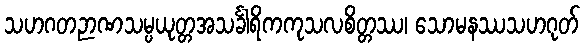
သဟဂတဉာဏသမ္ပယုတ္တအသင်္ခါရိကကုသလစိတ္တဿ၊ သောမနဿသဟဂုတ်